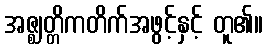
အဇ္ဈတ္တိကတိက်အဖွင့်နှင့် တူ၏။